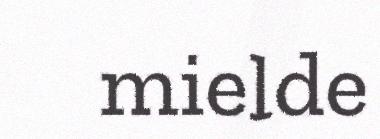
mielde